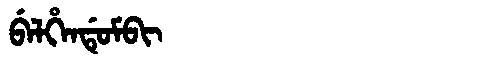
Manchu: ᠪᡝᠯᡥᡝᠨᡩᡠᠮᠪᡳ
Romanization: BELHENDUMBI